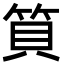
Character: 筫